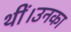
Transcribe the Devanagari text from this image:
थीं।उनका